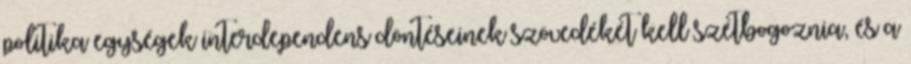
politika egységek interdependens döntéseinek szövedékét kell szétbogoznia, és a